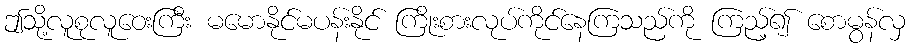
ဤသို့လူစုလူဝေးကြီး မမောနိုင်မပန်းနိုင် ကြိုးစားလုပ်ကိုင်နေကြသည်ကို ကြည့်၍ စောမွန်လှ